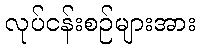
လုပ်ငန်းစဉ်များအား